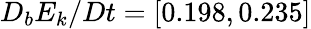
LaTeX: D_{b}E_{k}/Dt=[0.198,0.235]